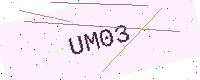
Text: UM03